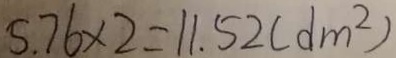
5 . 7 6 \times 2 = 1 1 . 5 2 ( d m ^ { 2 } )